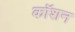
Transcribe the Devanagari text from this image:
कॉशन